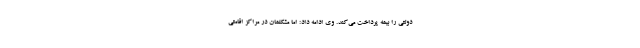
دولتی را بیمه پرداخت می‌کند. وی ادامه داد: اما مشکلمان در مراکز اقامتی